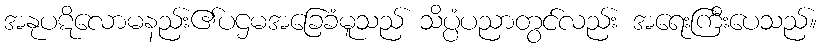
အနုပဋိလောမနည်း၏ပဌမအခြေခံမူသည် သိပ္ပံပညာတွင်လည်း အရေးကြီးပေသည်။